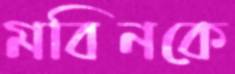
মবিনকে